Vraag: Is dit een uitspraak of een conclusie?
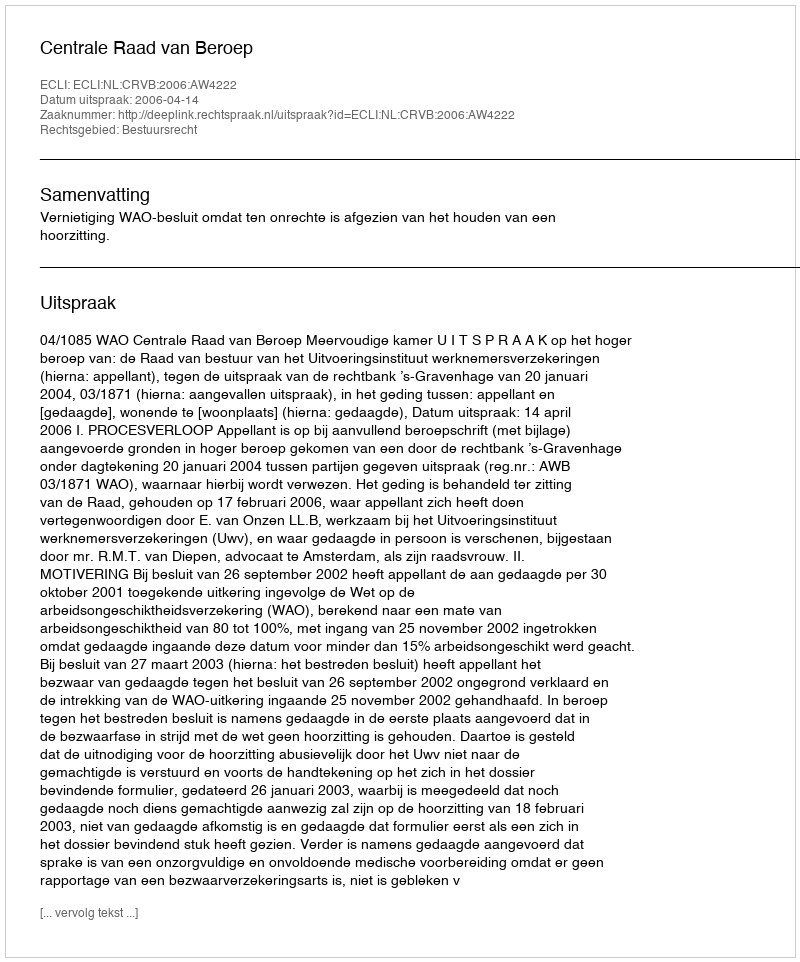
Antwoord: Uitspraak